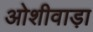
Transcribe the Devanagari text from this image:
ओशीवाड़ा